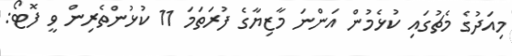
މިއަދުގެ މެޗުގައި ކުޅެމުން އަންނަ މާޒިޔާގެ ފުރަތަމަ 11 ކުޅުންތެރިން ވީ ފޮޓޯ: